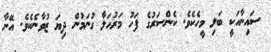
ސައިނާއަކީ ބަލި މީހެކެވެ. ކެންސަރުގެ ފަހު މަރުހަލާ ގުނަމުން ދިޔަ ޒުވާނެކެވެ. އޭނާ